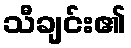
သီချင်း၏